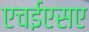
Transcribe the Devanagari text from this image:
एचईएसए